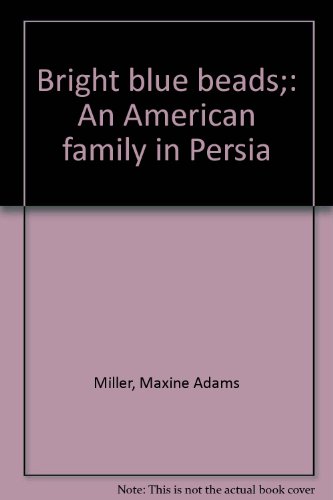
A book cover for Bright blue beads;: An American family in Persia; Maxine Adams Miller; Travel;